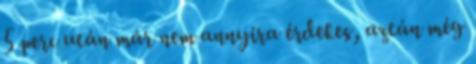
5 perc után már nem annyira érdekes, aztán még